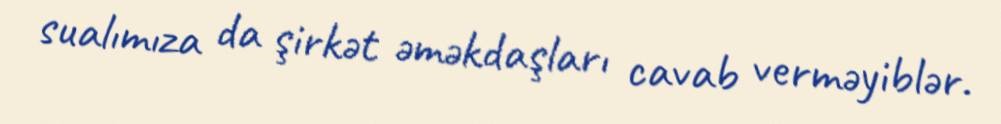
sualımıza da şirkət əməkdaşları cavab verməyiblər.